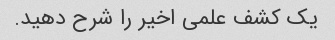
یک کشف علمی اخیر را شرح دهید.